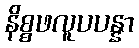
နိစ္စဖလူပပန္နာ